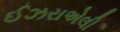
ઈઝરાએલી